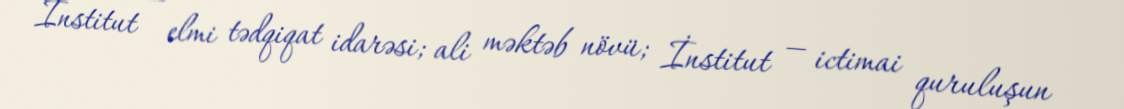
İnstitut — elmi tədqiqat idarəsi; ali məktəb növü; İnstitut — ictimai quruluşun